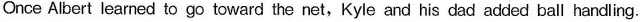
Once Albert learned to go toward the net,Kyle and his dad added ball handling.